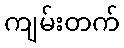
ကျမ်းတက်